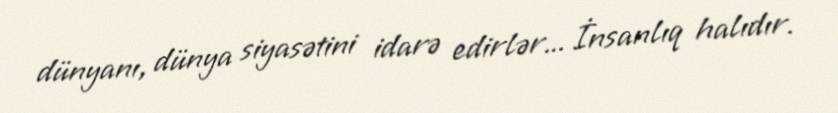
dünyanı, dünya siyasətini idarə edirlər... İnsanlıq halıdır.